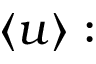
\langle u \rangle :